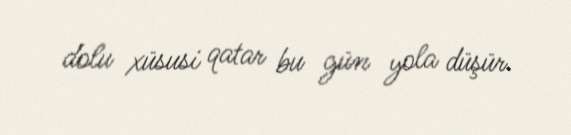
dolu xüsusi qatar bu gün yola düşür.